Annual administration report of the Civil Veterinary Department of India - 1897-1898
Year: 1897
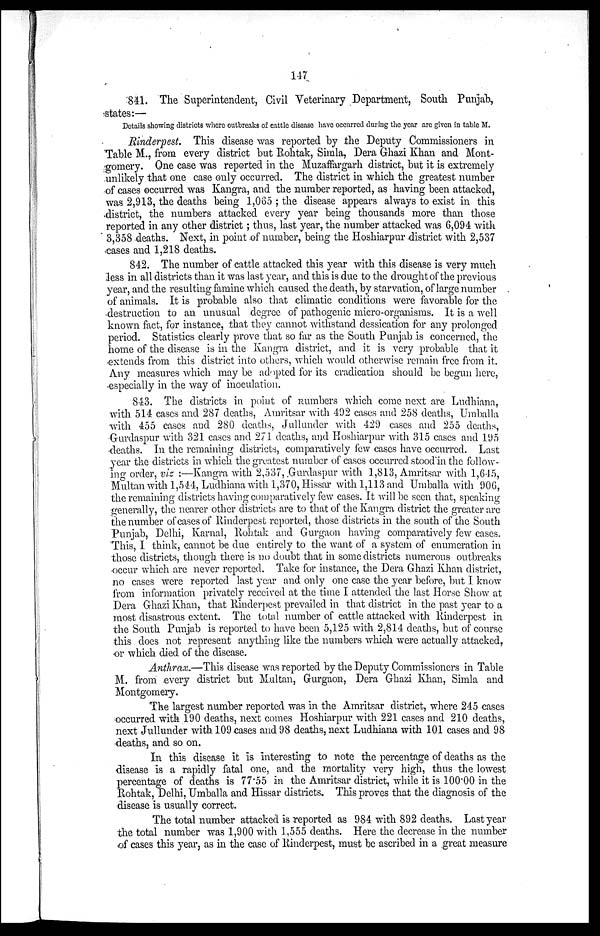
147
841. The Superintendent, Civil Veterinary Department, South Punjab,
states:—
Details showing districts where outbreaks of cattle disease have occurred during the year are given in table M.
Rinderpest. This disease was reported by the Deputy Commissioners in
Table M., from every district but Rohtak, Simla, Dera Ghazi Khan and Mont-
gomery. One case was reported in the Muzaffargarh district, but it is extremely
unlikely that one case only occurred. The district in which the greatest number
of cases occurred was Kangra, and the number reported, as having been attacked,
was 2,913, the deaths being 1,065; the disease appears always to exist in this
district, the numbers attacked every year being thousands more than those
reported in any other district; thus, last year, the number attacked was 6,094 with
3,358 deaths. Next, in point of number, being the Hoshiarpur district with 2,537
cases and 1,218 deaths.
842. The number of cattle attacked this year with this disease is very much
less in all districts than it was last year, and this is due to the drought of the previous
year, and the resulting famine which caused the death, by starvation, of large number
of animals. It is probable also that climatic conditions were favorable for the
destruction to an unusual degree of pathogenic micro-organisms. It is a well
known fact, for instance, that they cannot withstand dessication for any prolonged
period. Statistics clearly prove that so far as the South Punjab is concerned, the
home of the disease is in the Kangra district, and it is very probable that it
extends from this district into others, which would otherwise remain free from it.
Any measures which may be adopted for its eradication should be begun here,
especially in the way of inoculation.
843. The districts in point of numbers which come next are Ludhiana,
with 514 cases and 287 deaths, Amritsar with 492 cases and 258 deaths, Umballa
with 455 cases and 280 deaths, Jullunder with 429 cases and 255 deaths,
Gurdaspur with 321 cases and 2.71 deaths, and Hoshiarpur with 315 cases and 195
deaths. In the remaining districts, comparatively few cases have occurred. Last
year the districts in which the greatest number of cases occurred stood in the follow-
ing order, viz:—Kangra with 2,537, Gurdaspur with 1,813, Amritsar with 1,645,
Multan with 1,544, Ludhiana with 1,370, Hissar with 1,113 and Umballa with 906,
the remaining districts having comparatively few cases. It will be seen that, speaking
generally, the nearer other districts are to that of the Kangra district the greater are
the number of cases of Rinderpest reported, those districts in the south of the South
Punjab, Delhi, Karnal, Rohtak and Gurgaon having comparatively few cases.
This, I think, cannot be due entirely to the want of a system of enumeration in
those districts, though there is no doubt that in some districts numerous outbreaks
occur which are never reported. Take for instance, the Dera Ghazi Khan district,
no cases were reported last year and only one case the year before, but I know
from information privately received at the time I attended the last Horse Show at
Dera Ghazi Khan, that Rinderpest prevailed in that district in the past year to a
most disastrous extent. The total number of cattle attacked with Rinderpest in
the South Punjab is reported to have been 5,125 with 2,814 deaths, but of course
this does not represent anything like the numbers which were actually attacked,
or which died of the disease.
Anthrax.—This disease was reported by the Deputy Commissioners in Table
M. from every district but Multan, Gurgaon, Dera Ghazi Khan, Simla and
Montgomery.
The largest number reported was in the Amritsar district, where 245 cases
occurred with 190 deaths, next comes Hoshiarpur with 221 cases and 210 deaths,
next Jullunder with 109 cases and 98 deaths, next Ludhiana with 101 cases and 98
deaths, and so on.
In this disease it is interesting to note the percentage of deaths as the
disease is a rapidly fatal one, and the mortality very high, thus the lowest
percentage of deaths is 77.55 in the Amritsar district, while it is 100.00 in the
Rohtak, Delhi, Umballa and Hissar districts. This proves that the diagnosis of the
disease is usually correct.
The total number attacked is reported as 984 with 892 deaths. Last year
the total number was 1,900 with 1,555 deaths. Here the decrease in the number
of cases this year, as in the case of Rinderpest, must be ascribed in a great measure